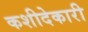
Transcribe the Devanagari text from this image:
कशीदेकारी